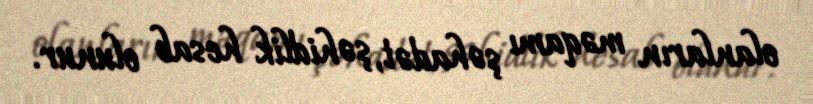
olanların məqamı şəhadət, şəhidlik hesab olunur.